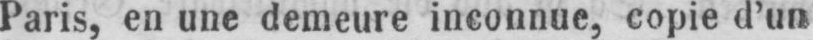
Paris, en une demeure inconnue, copie d’un